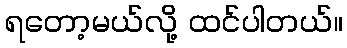
ရတော့မယ်လို့ ထင်ပါတယ်။